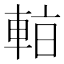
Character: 𰹑